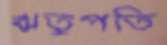
ঋতুপতি